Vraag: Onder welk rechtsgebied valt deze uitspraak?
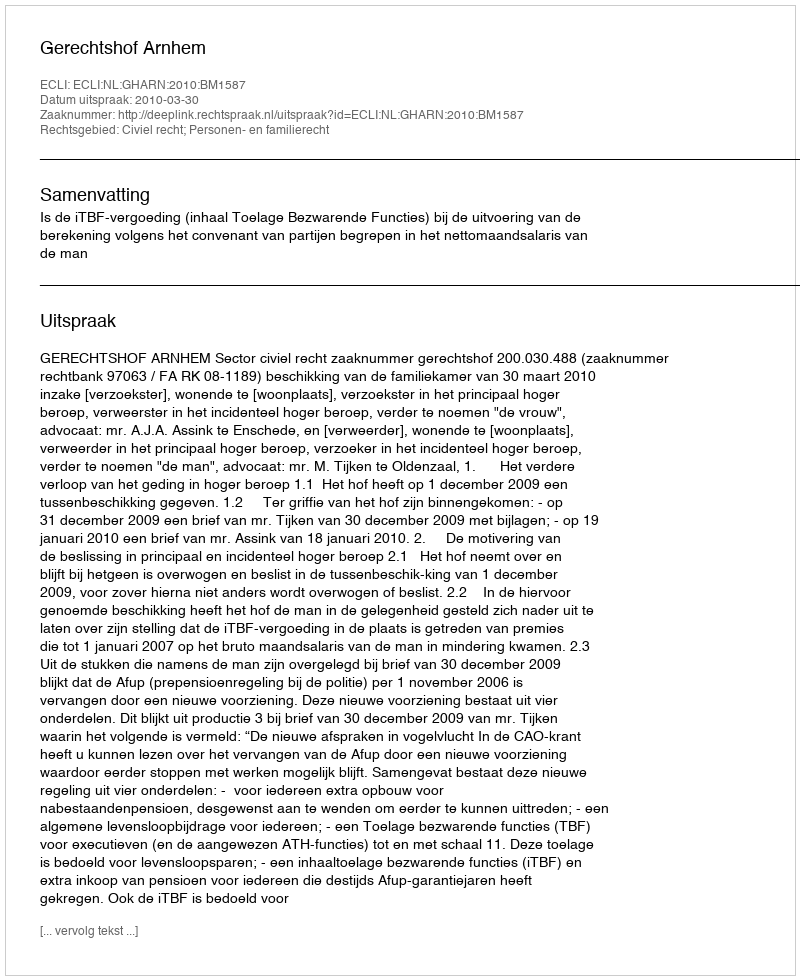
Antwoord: Civiel recht; Personen- en familierecht